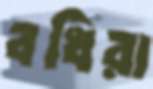
বধিরা